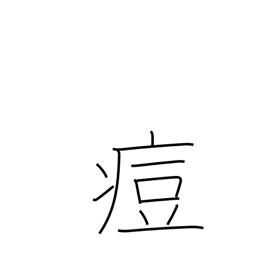
Meaning: pox